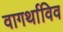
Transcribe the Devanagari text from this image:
वागर्थाविव